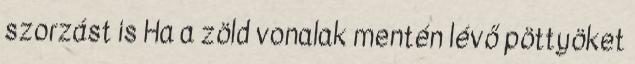
szorzást is Ha a zöld vonalak mentén lévő pöttyöket